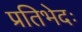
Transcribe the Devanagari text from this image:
प्रतिभेदः